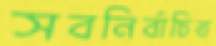
সবনির্বাচিত